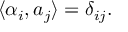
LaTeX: \langle \alpha _ { i } , a _ { j } \rangle = \delta _ { i j } .